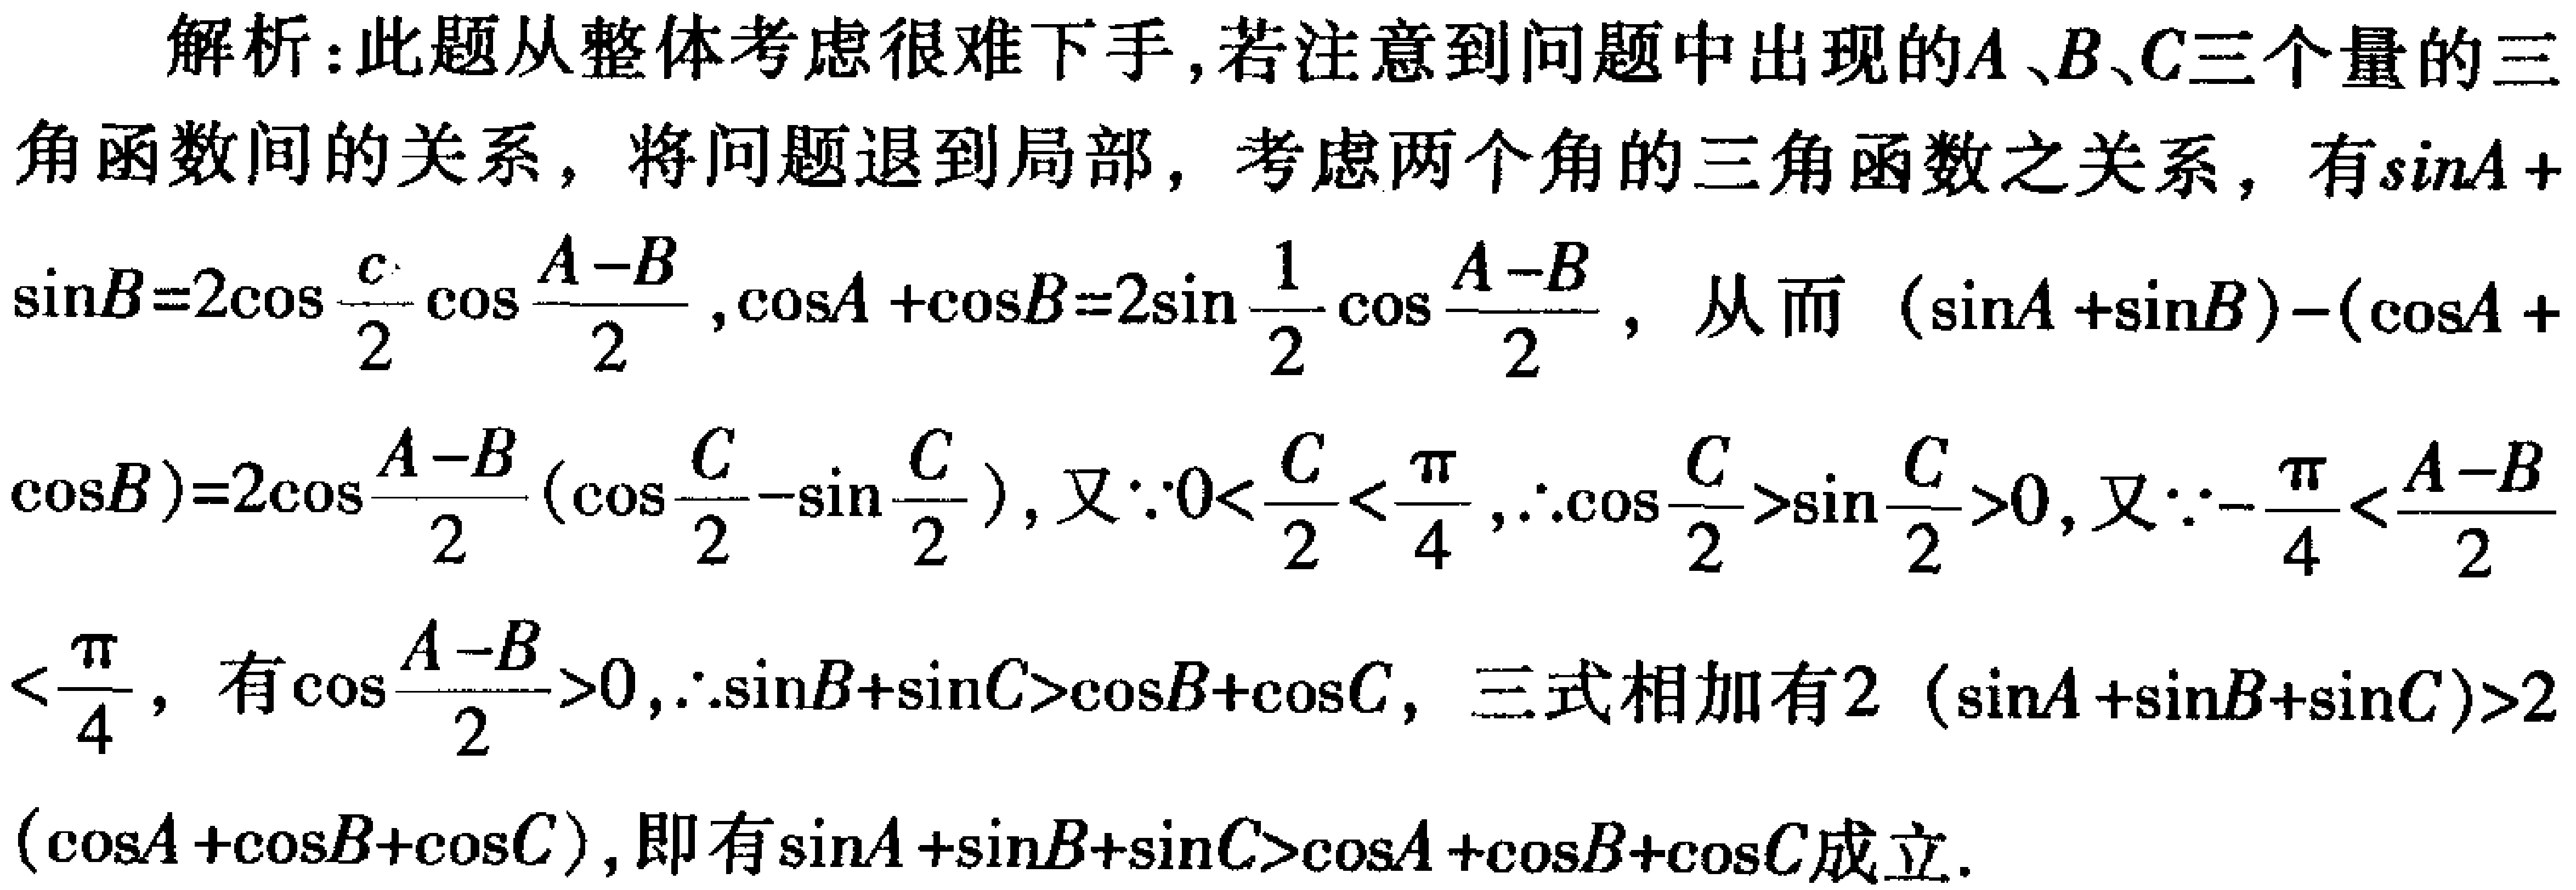
解析：此题从整体考虑很难下手,若注意到问题中出现的\(A\)、\(B\)、\(C\)三个量的三角函数间的关系，将问题退到局部，考虑两个角的三角函数之关系，有\(\sin A +\sin B = 2\cos \frac{c}{2}\cos\frac{A - B}{2}\)，\(\cos A+\cos B = 2\sin\frac{1}{2}\cos\frac{A - B}{2}\)，从而\((\sin A+\sin B)-(\cos A +\cos B)=2\cos\frac{A - B}{2}(\cos\frac{C}{2}-\sin\frac{C}{2})\)，又\(\because 0<\frac{C}{2}<\frac{\pi}{4}\)，\(\therefore\cos\frac{C}{2}>\sin\frac{C}{2}>0\)，又\(\because-\frac{\pi}{4}<\frac{A - B}{2}<\frac{\pi}{4}\)，有\(\cos\frac{A - B}{2}>0\)，\(\therefore\sin B+\sin C>\cos B+\cos C\)，三式相加有\(2(\sin A+\sin B+\sin C)>2(\cos A+\cos B+\cos C)\)，即有\(\sin A+\sin B+\sin C>\cos A+\cos B+\cos C\)成立.